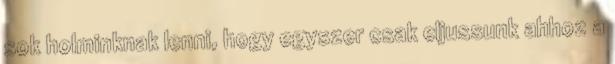
sok holminknak lenni, hogy egyszer csak eljussunk ahhoz a